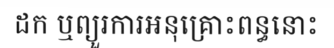
ដក ឬព្យួរការអនុគ្រោះពន្ធនោះ